331_120752_Numeric_Files_1944–1945_37153_German_Armament_Equipment_Documents
Agency: Department of War
Incident date: 3/18/45
Incident location: Germany
Page 7
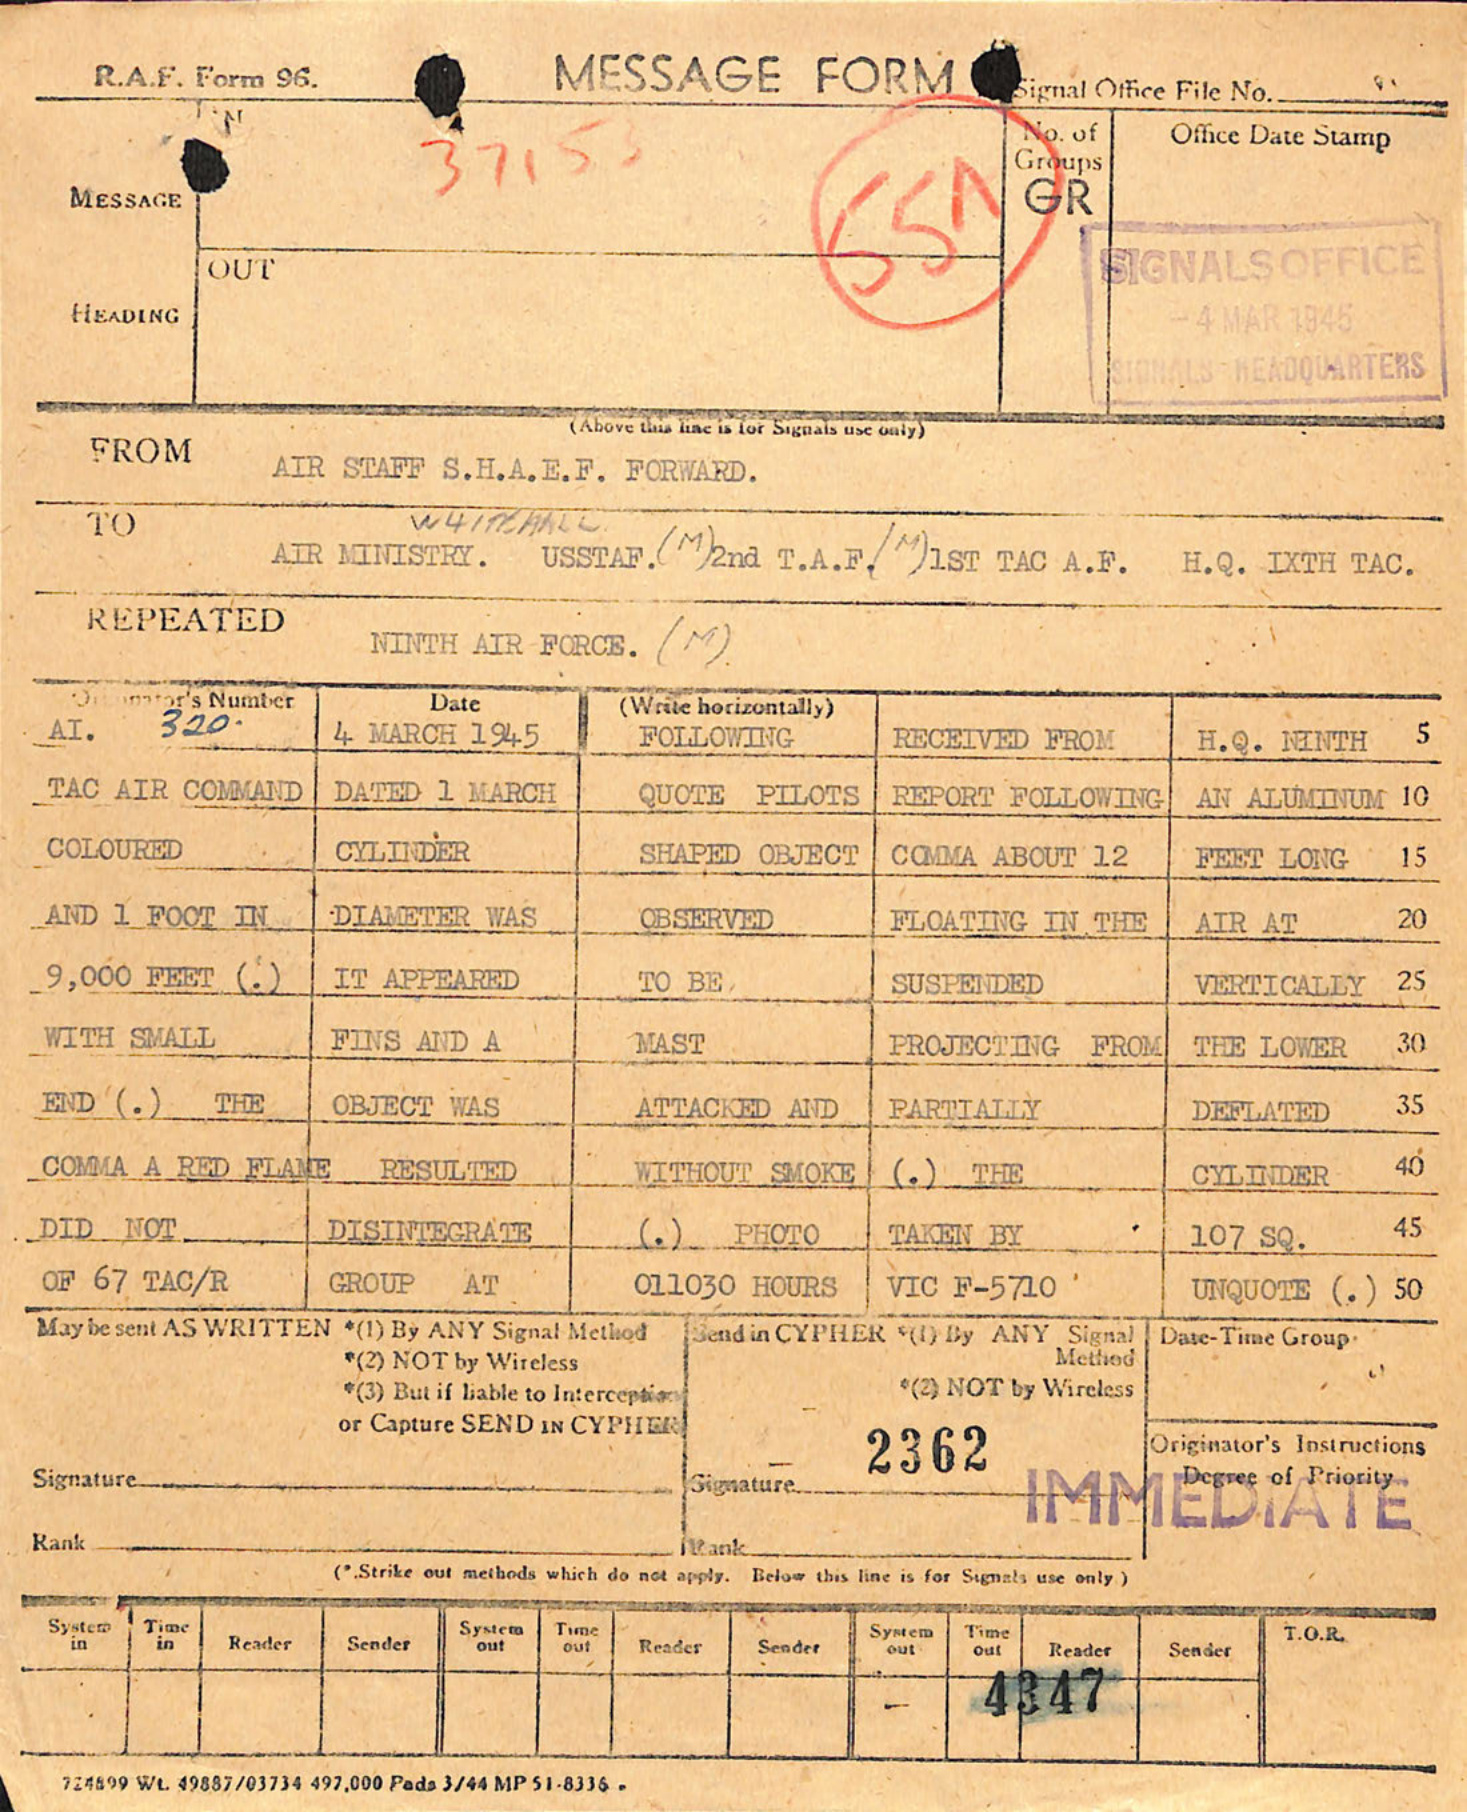